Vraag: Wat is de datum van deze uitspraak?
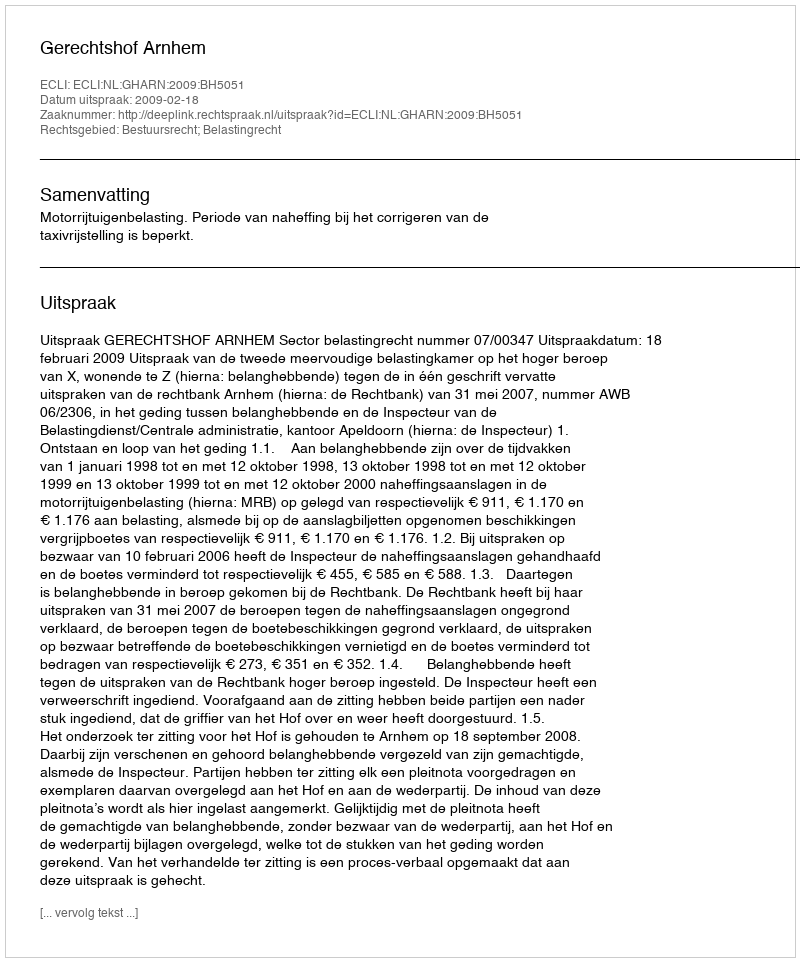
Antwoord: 2009-02-18